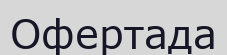
Офертада